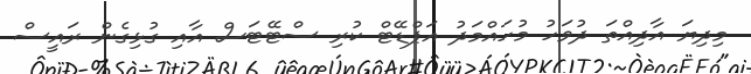
މިދިޔަ އާދިއްތަ ދުވަހު މުހައްމަދު އަޕްޑޭޓް ކުރި ސްޓޭޓަސް އާއި ގުޅިގެން ރައީސް